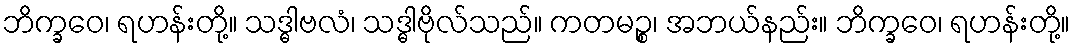
ဘိက္ခဝေ၊ ရဟန်းတို့။ သဒ္ဓါဗလံ၊ သဒ္ဓါဗိုလ်သည်။ ကတမဉ္စ၊ အဘယ်နည်း။ ဘိက္ခဝေ၊ ရဟန်းတို့။